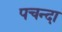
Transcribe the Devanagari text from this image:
पचन्दा